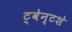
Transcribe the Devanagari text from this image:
ट्वेन्टशे